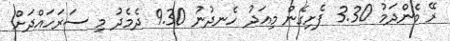
ރޭ މެންދަމު 3.30 ފެށިގެން މިއަދު ހެނދުނު 9.30 ދެމެދު މި ސަރަހައްދަށް